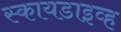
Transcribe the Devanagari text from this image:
स्कायडाइव्ह